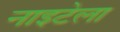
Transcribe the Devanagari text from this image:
नाइटेला